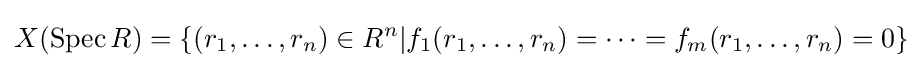
X(\operatorname {Spec} R)=\{(r_{1},\dots ,r_{n})\in R^{n}|f_{1}(r_{1},\dots ,r_{n})=\cdots =f_{m}(r_{1},\dots ,r_{n})=0\}